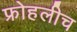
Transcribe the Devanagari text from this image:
फ्रोहलीच